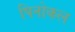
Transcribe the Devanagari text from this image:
पिनोकल